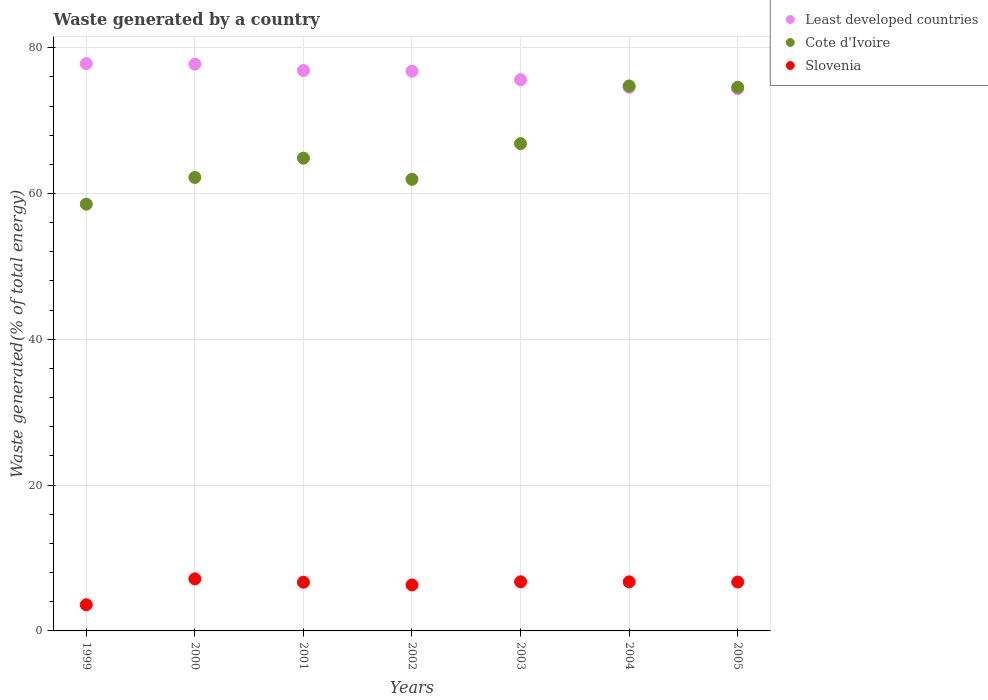
| Years | Least developed countries | Cote d'Ivoire | Slovenia |
 | --- | --- | --- | --- |
 | 1999 | 77.8 | 58.5 | 3.59 |
 | 2000 | 77.7 | 62.2 | 7.14 |
 | 2001 | 76.9 | 64.9 | 6.68 |
 | 2002 | 76.8 | 61.9 | 6.3 |
 | 2003 | 75.6 | 66.8 | 6.74 |
 | 2004 | 74.6 | 74.8 | 6.73 |
 | 2005 | 74.4 | 74.6 | 6.71 |